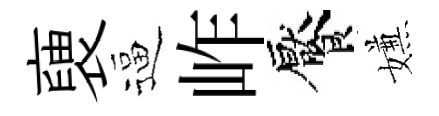
褏逼岞饜嫌